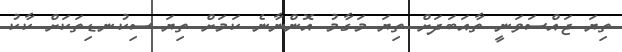
ތިޔަ ޖައްސަވަނީ ތާއަބަދަށް ތިޔަ މަގާމު އޮންނާނެ ކަމަށް ތިޔަ ސިކުނޑިތަކަށް ކާކު